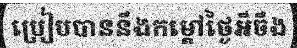
ប្រៀបបាននឹងកម្តៅថ្ងៃអីចឹង